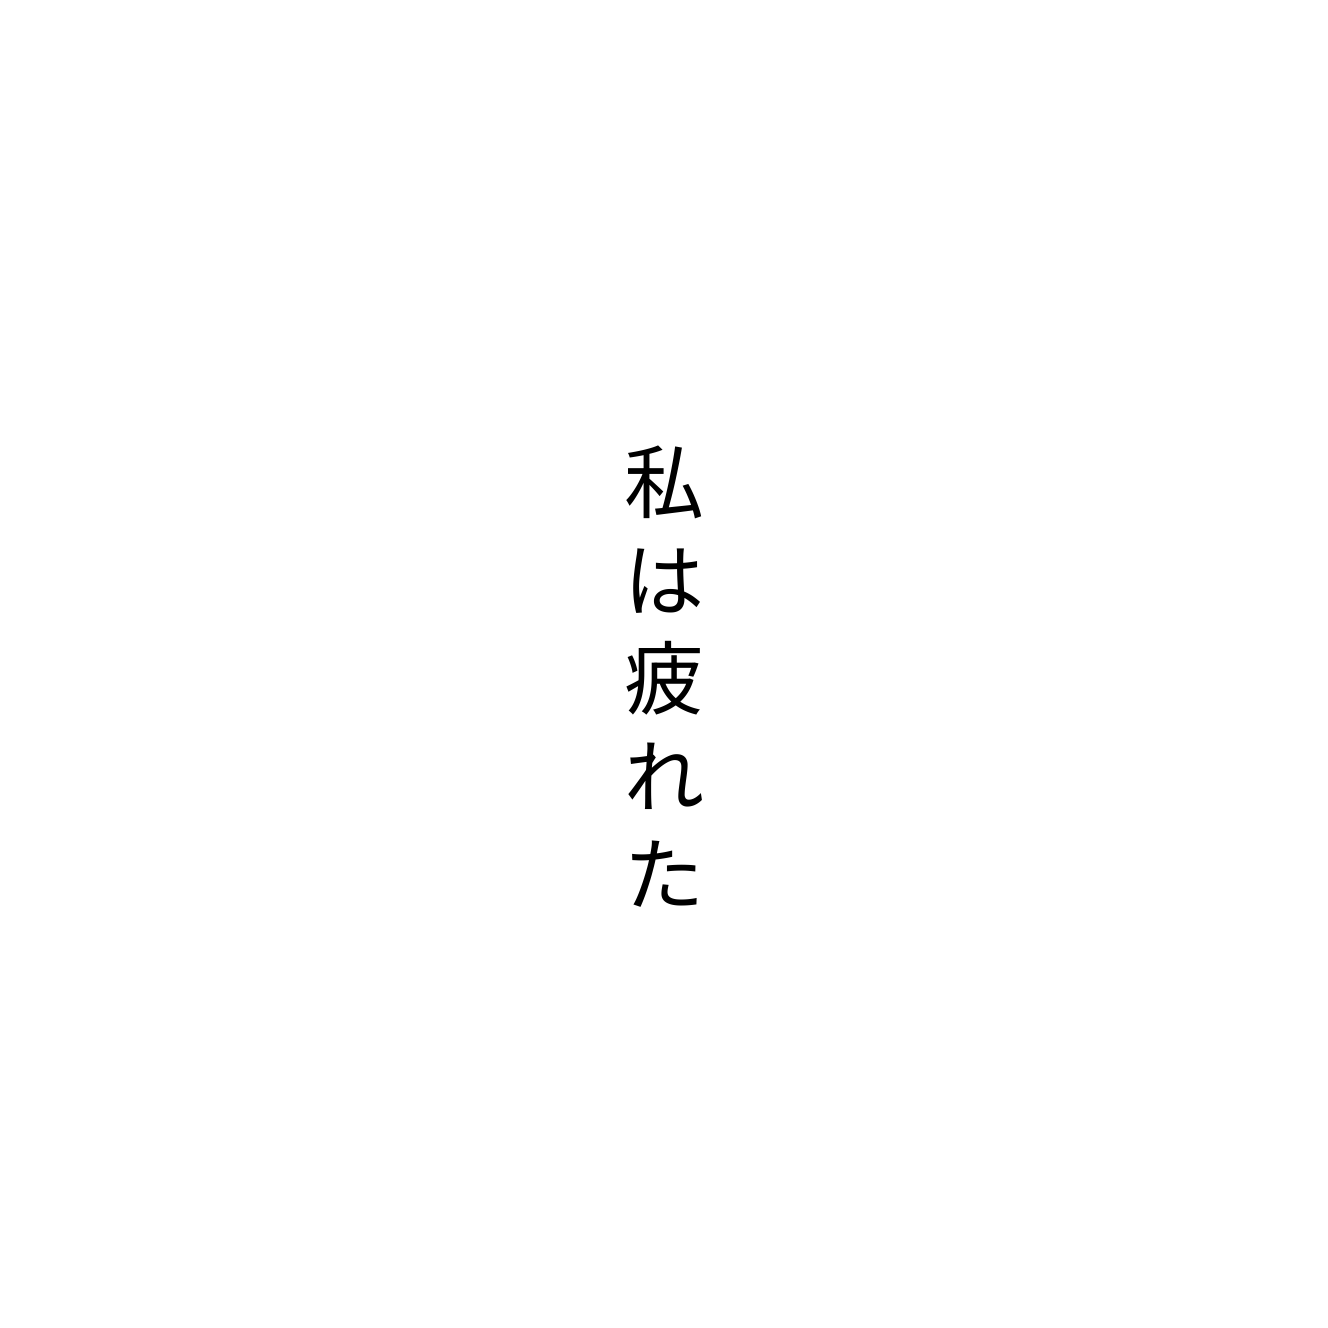
私は疲れた